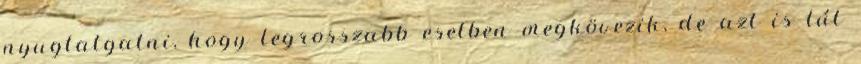
nyugtatgatni, hogy legrosszabb esetben megkövezik, de azt is túl